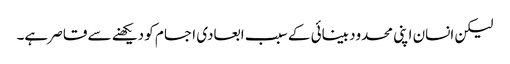
لیکن انسان اپنی محدود بینائی کے سبب ابعادی اجسام کو دیکھنے سے قاصر ہے۔